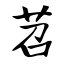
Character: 苕